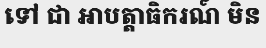
ទៅ ជា អាបត្តាធិករណ៍ មិន